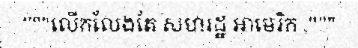
"""លើកលែងតែ សហរដ្ឋ អាមេរិក ,"""